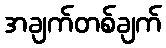
အချက်တစ်ချက်